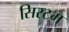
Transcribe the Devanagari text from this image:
सिस्टम्